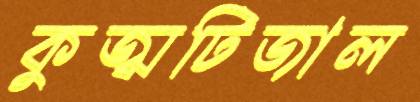
কুজ্ঝটিজাল